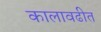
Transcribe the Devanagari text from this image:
कालावढीत